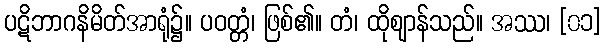
ပဋိဘာဂနိမိတ်အာရုံ၌။ ပဝတ္တံ၊ ဖြစ်၏။ တံ၊ ထိုဈာန်သည်။ အဿ၊ [၀၁]